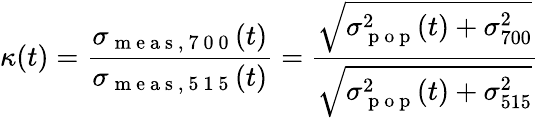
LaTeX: \kappa(t)=\frac{\sigma_{\mathrm{~m~e~a~s~,~7~0~0~}}(t)}{\sigma_{\mathrm{~m~e~a~s~,~5~1~5~}}(t)}=\frac{\sqrt{\sigma_{\mathrm{~p~o~p~}}^{2}(t)+\sigma_{700}^{2}}}{\sqrt{\sigma_{\mathrm{~p~o~p~}}^{2}(t)+\sigma_{515}^{2}}}